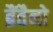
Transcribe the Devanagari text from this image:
ब्रैंतैनो